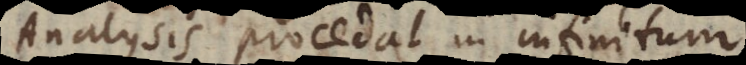
analysis procedat in infinitum